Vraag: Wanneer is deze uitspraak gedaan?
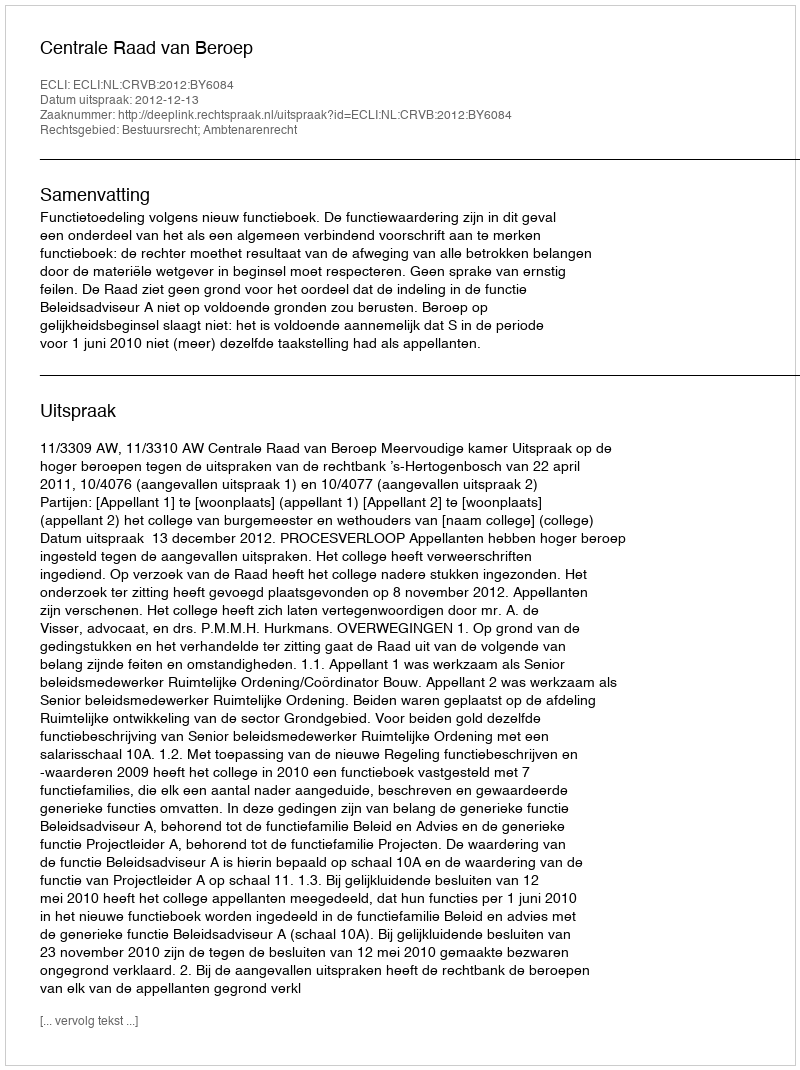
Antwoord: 2012-12-13